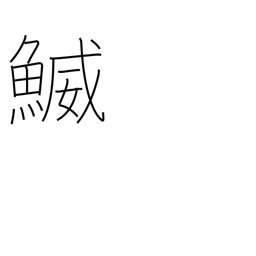
Meaning: a type of fish